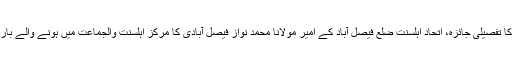
عصر حاضر میں مسلمانوں کے ایمان و اعمال کے دشمن فتنوں کا تفصیلی جائزہ، اتحاد اہلسنت ضلع فیصل آباد کے امیر مولانا محمد نواز فیصل آبادی کا مرکز اہلسنت والجماعت میں ہونے والے بارہ روزہ دورہ تحقیق المسائل کے شرکاء کے لیے خصوصی سبق۔